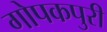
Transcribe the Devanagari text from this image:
गोपकपुरी